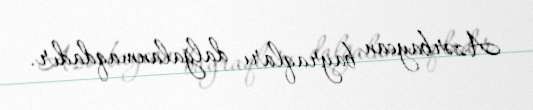
Azərbaycan bayraqları dalğalanmaqdadır.